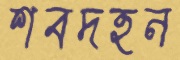
শবদহন